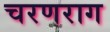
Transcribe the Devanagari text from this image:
चरणराग